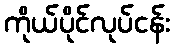
ကိုယ်ပိုင်လုပ်ငန်း